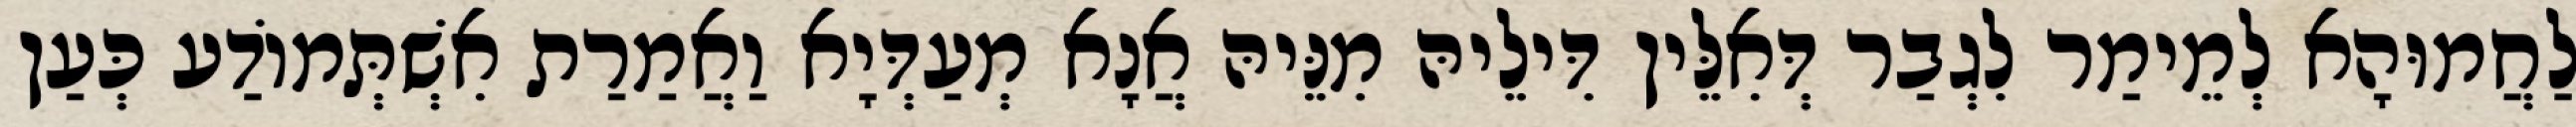
לַחֲמוּהָא לְמֵימַר לִגְבַר דְּאִלֵּין דִּילֵיהּ מִנֵּיהּ אֲנָא מְעַדְּיָא וַאֲמַרַת אִשְׁתְּמוֹדַע כְּעַן